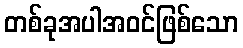
တစ်ခုအပါအဝင်ဖြစ်သော